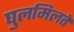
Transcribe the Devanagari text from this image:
घुलमिलते